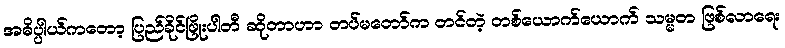
အဓိပ္ပါယ်ကတော့ ပြည်ခိုင်ဖြိုးပါတီ ဆိုတာဟာ တပ်မတော်က တင်တဲ့ တစ်ယောက်ယောက် သမ္မတ ဖြစ်လာရေး